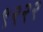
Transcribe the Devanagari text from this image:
९२२२